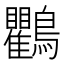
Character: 鸜